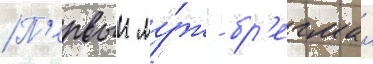
П'ервыи му́ж - бр'егман